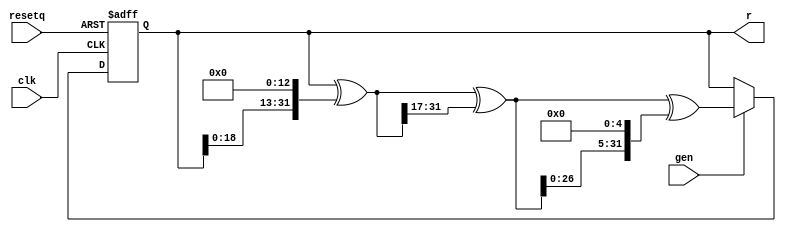
module xorshift32(
  input wire clk,               // main clock
  input wire resetq,
  input wire gen,               // update signal
  output wire [31:0] r);

  reg [31:0] seed = 32'h7;
  wire [31:0] seed0 = seed ^ {seed[18:0], 13'd0};
  wire [31:0] seed1 = seed0 ^ {17'd0, seed0[31:17]};
  wire [31:0] seed2 = seed1 ^ {seed1[26:0], 5'd0};

  always @(posedge clk or negedge resetq)
    if (!resetq)
      seed <= 32'h7;
    else if (gen)
      seed <= seed2;
  assign r = seed;

endmodule